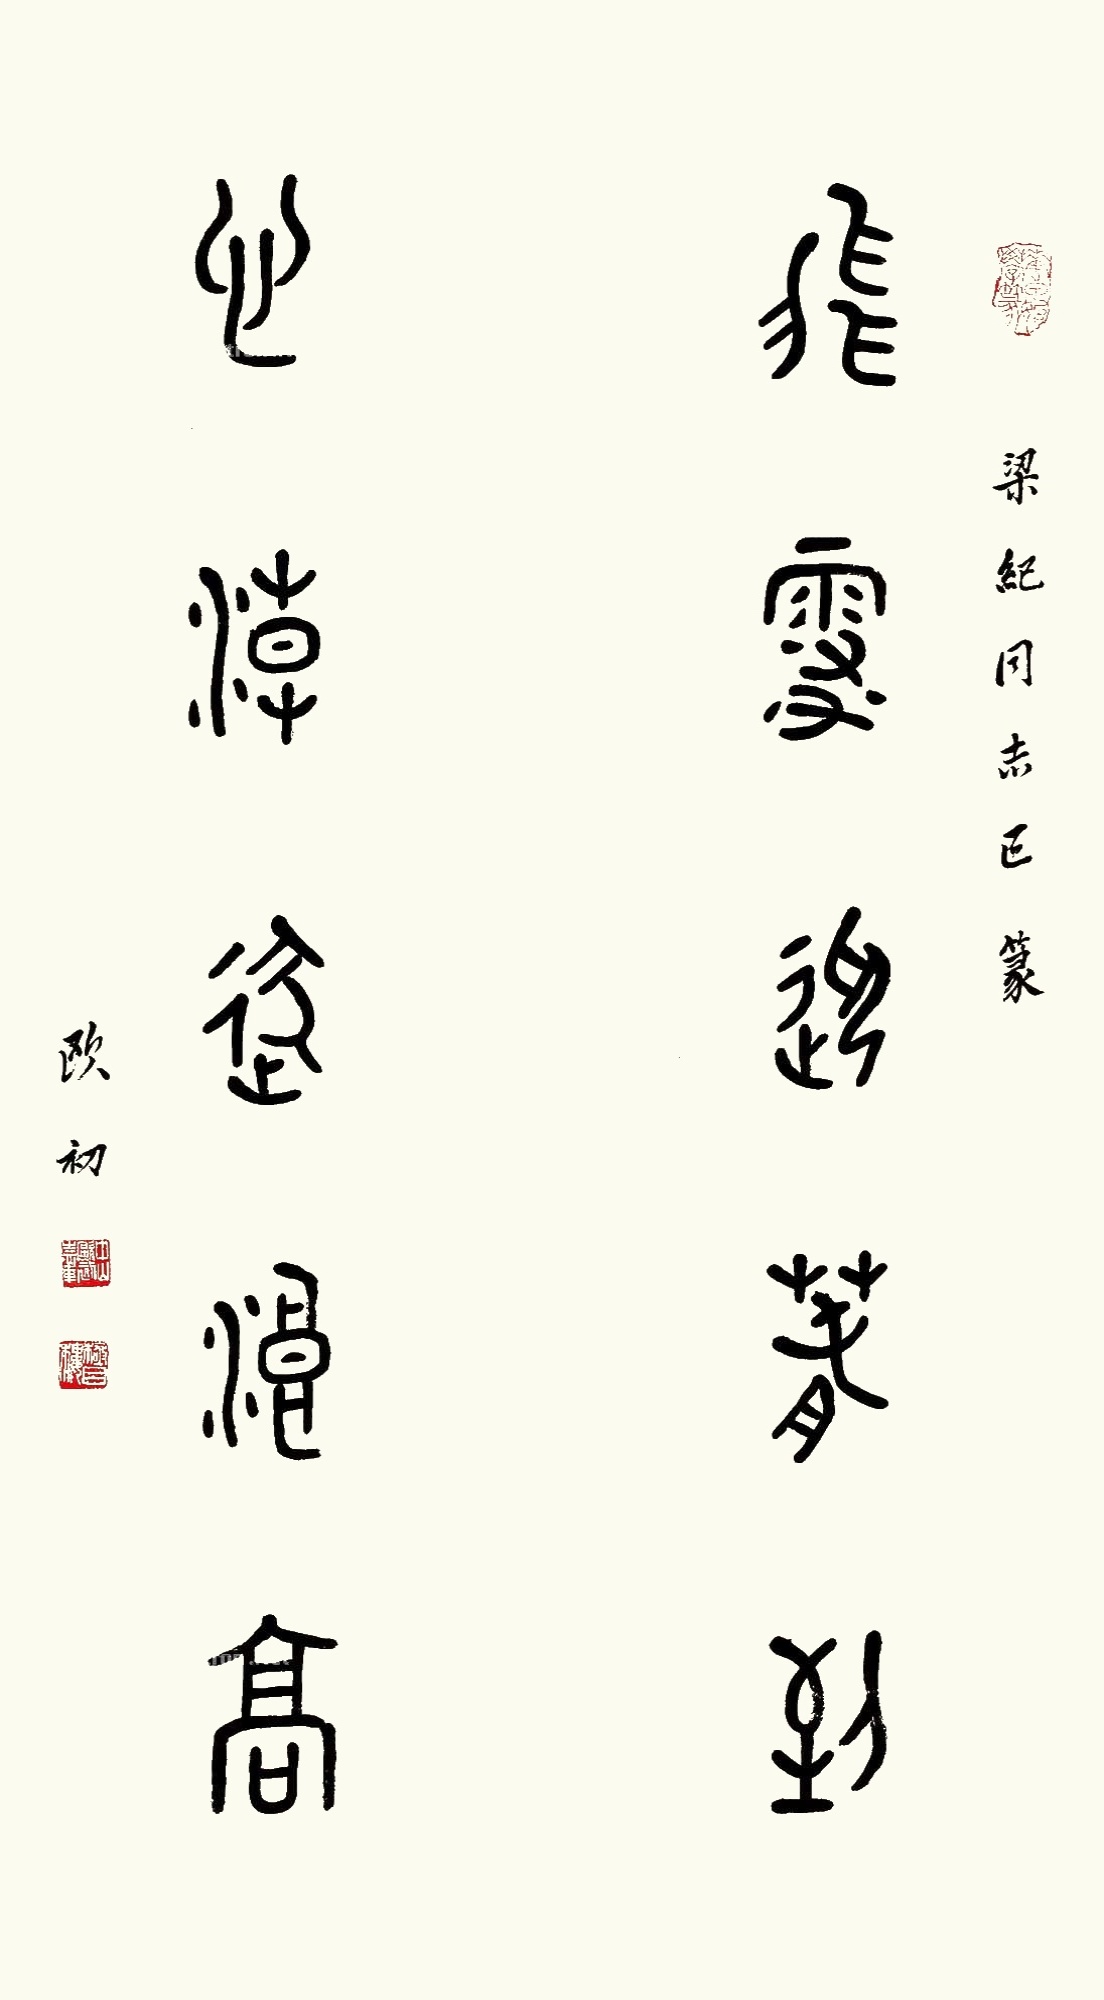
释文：飞雪迎春到，心潮逐浪高。梁纪同志正篆，欧初。